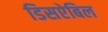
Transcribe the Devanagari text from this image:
डिसऐबिल